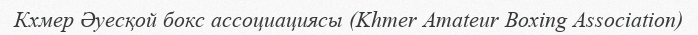
Кхмер Әуесқой бокс ассоциациясы (Khmer Amateur Boxing Association)